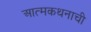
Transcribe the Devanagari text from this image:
आत्मकथनाची